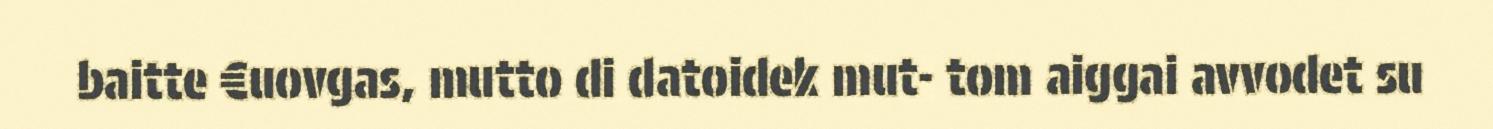
baitte €uovgas, mutto di datoidek mut- tom aiggai avvodet su